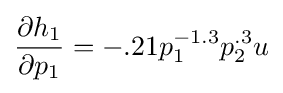
{\frac {\partial h_{1}}{\partial p_{1}}}=-.21p_{1}^{-1.3}p_{2}^{.3}u